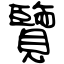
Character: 覽